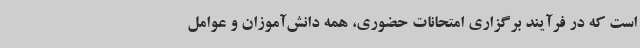
است که در فرآیند برگزاری امتحانات حضوری، همه دانش‌آموزان و عوامل